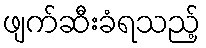
ဖျက်ဆီးခံရသည့်